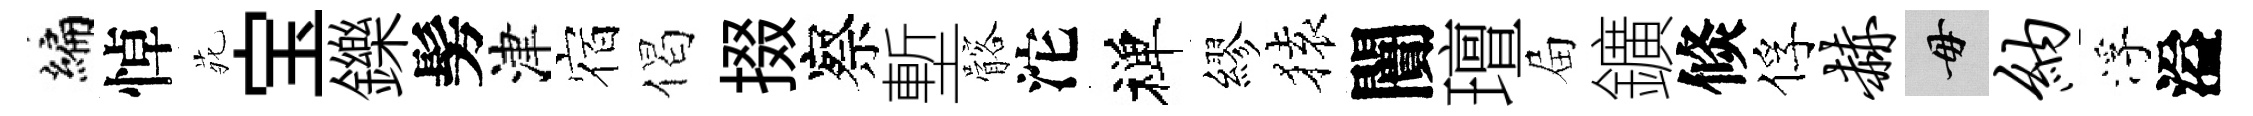
编悼𫟍宝鑠髣津宿偈掇察塹髂沱禅繆𫞤闠璮屇鑛倐俘赫毋纳浮溢